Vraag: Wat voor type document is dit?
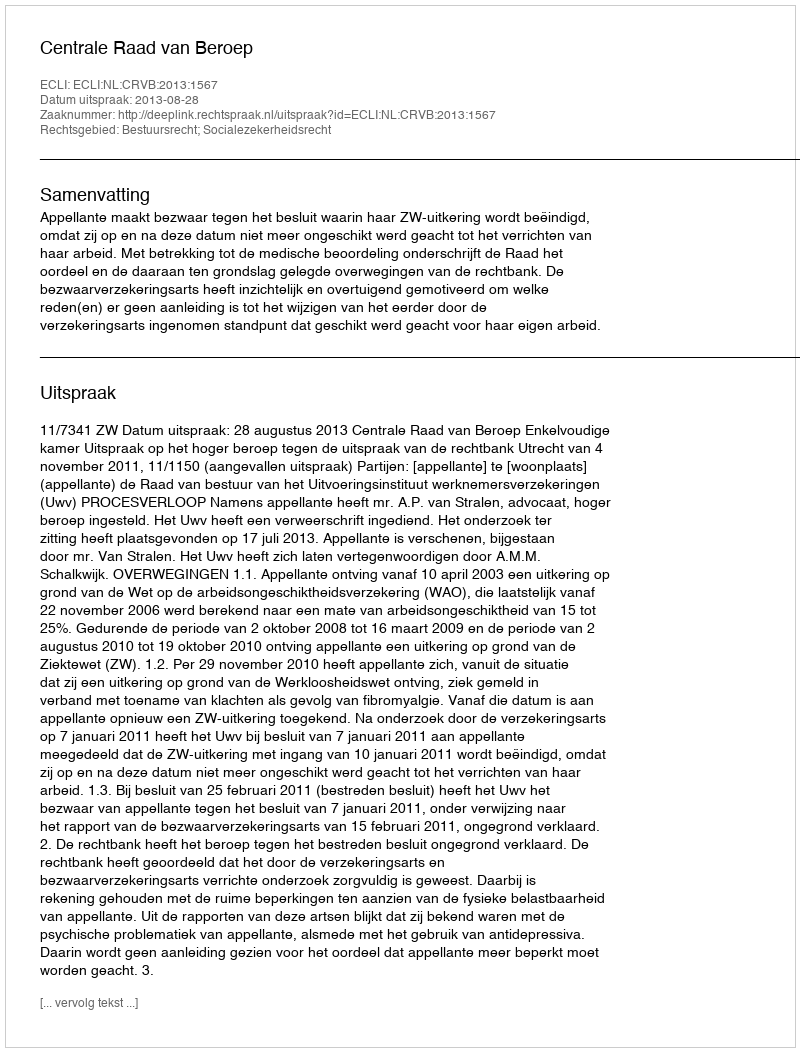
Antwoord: Uitspraak